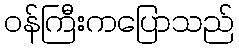
ဝန်ကြီးကပြောသည်